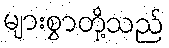
များစွာတို့သည်